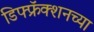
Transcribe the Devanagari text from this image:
डिफ्फ्रॅक्शनच्या